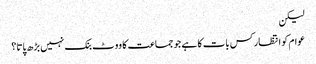
لیکن
عوام کو انتظار کس بات کا ہے جو جماعت کا ووٹ بنک نہیں بڑھ پاتا؟